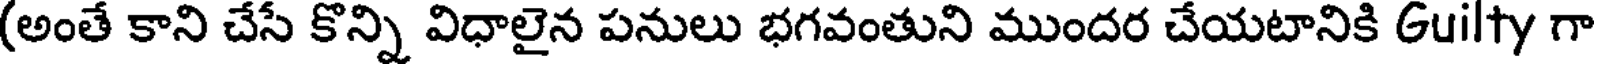
(అంతే కాని చేసే కొన్ని విధాలైన పనులు భగవంతుని ముందర చేయటానికి Guilty గా